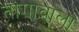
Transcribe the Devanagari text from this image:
तांगावाला